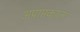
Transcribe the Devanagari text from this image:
अप्राप्तकालः